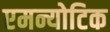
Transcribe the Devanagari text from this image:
एमन्योटिक